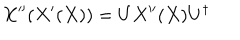
X ^ { \prime \prime } ( X ^ { \prime } ( X ) ) = U X ^ { \prime \prime } ( X ) U ^ { \dagger }